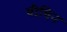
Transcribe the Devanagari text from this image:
बीविन